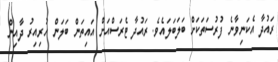
ރައުދާ އެކަނިވާނެ ފުރުސަތަކަށް ބަލަބަލައެވެ. ރައުދާ ޓެރަސްއަށް އައިތަން ބަލަން ހުރިއިރު ދާއިން